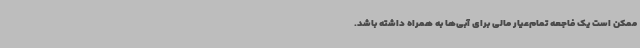
ممکن است یک فاجعه تمام‌عیار مالی برای آبی‌ها به همراه داشته باشد.